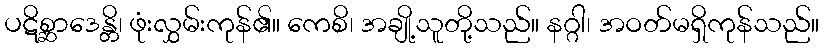
ပဋိစ္ဆာဒေန္တိ၊ ဖုံးလွှမ်းကုန်၏။ ကေစိ၊ အချို့သူတို့သည်။ နဂ္ဂါ၊ အဝတ်မရှိကုန်သည်။